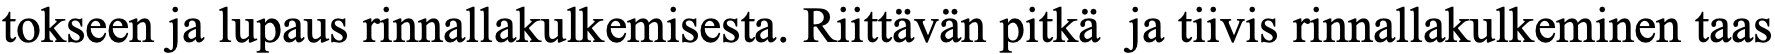
tokseen ja lupaus rinnallakulkemisesta. Riittävän pitkä ja tiivis rinnallakulkeminen taas